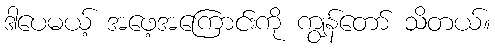
ဒါပေမယ့် အဖေ့အကြောင်းကို ကျွန်တော် သိတယ်။